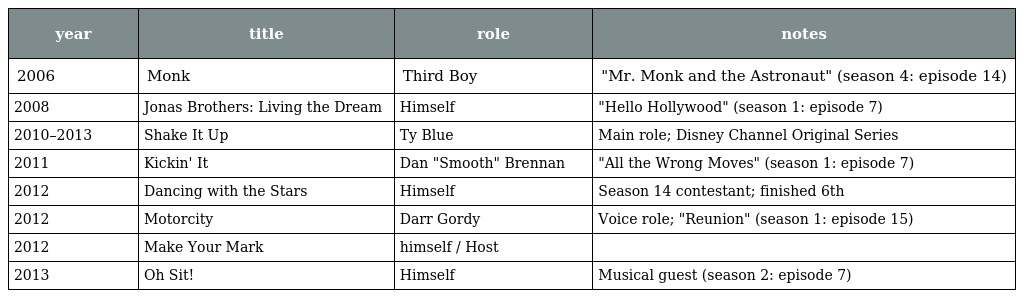
| year | title | role | notes |
 | --- | --- | --- | --- |
 | 2006 | Monk | Third Boy | "Mr. Monk and the Astronaut" (season 4: episode 14) |
 | 2008 | Jonas Brothers: Living the Dream | Himself | "Hello Hollywood" (season 1: episode 7) |
 | 2010–2013 | Shake It Up | Ty Blue | Main role; Disney Channel Original Series |
 | 2011 | Kickin' It | Dan "Smooth" Brennan | "All the Wrong Moves" (season 1: episode 7) |
 | 2012 | Dancing with the Stars | Himself | Season 14 contestant; finished 6th |
 | 2012 | Motorcity | Darr Gordy | Voice role; "Reunion" (season 1: episode 15) |
 | 2012 | Make Your Mark | himself / Host |  |
 | 2013 | Oh Sit! | Himself | Musical guest (season 2: episode 7) |